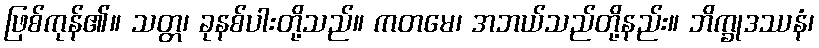
ဖြစ်ကုန်၏။ သတ္တ၊ ခုနစ်ပါးတို့သည်။ ကတမေ၊ အဘယ်သည်တို့နည်း။ ဘိက္ခုဒဿနံ၊